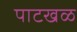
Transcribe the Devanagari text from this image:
पाटखळ